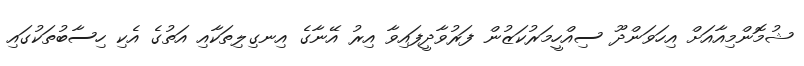
ޝުމޮންމިއާއަށް އިހަވަންދޫ ސިއްހީމަރުކަޒުން ފަރުވާދީފައިވާ އިރު އޭނާގެ އިނގިލިތަކާއި އަތުގެ އެކި ހިސާބުތަކުގައި